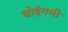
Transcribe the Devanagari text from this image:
बोइंगची